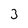
Character: 3